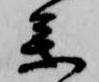
参